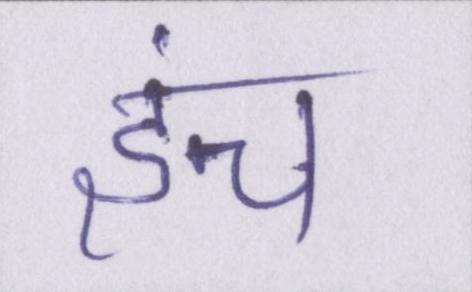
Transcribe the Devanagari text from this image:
इंच